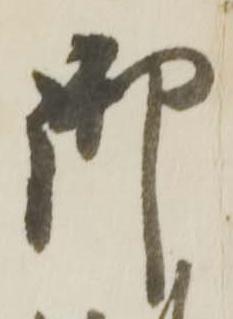
御